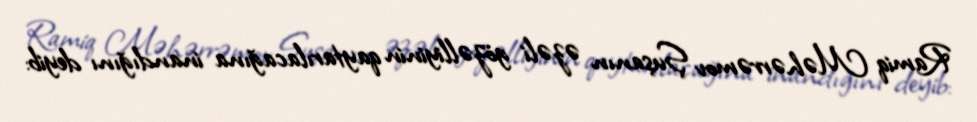
Ramiq Məhərrəmov Şuşanın əzəli gözəlliyinin qaytarılacağına inandığını deyib: